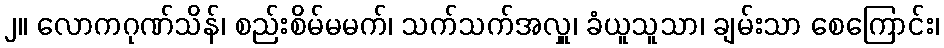
၂။ လောကဂုဏ်သိန်၊ စည်းစိမ်မမက်၊ သက်သက်အလှူ၊ ခံယူသူသာ၊ ချမ်းသာ စေကြောင်း၊